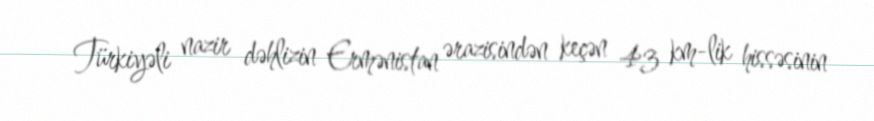
Türkiyəli nazir dəhlizin Ermənistan ərazisindən keçən 43 km-lik hissəsinin